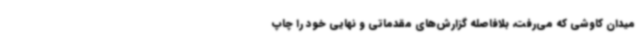
میدان کاوشی که می‌رفت، بلافاصله گزارش‌های مقدماتی و نهایی خود را چاپ